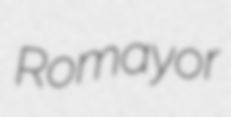
Romayor